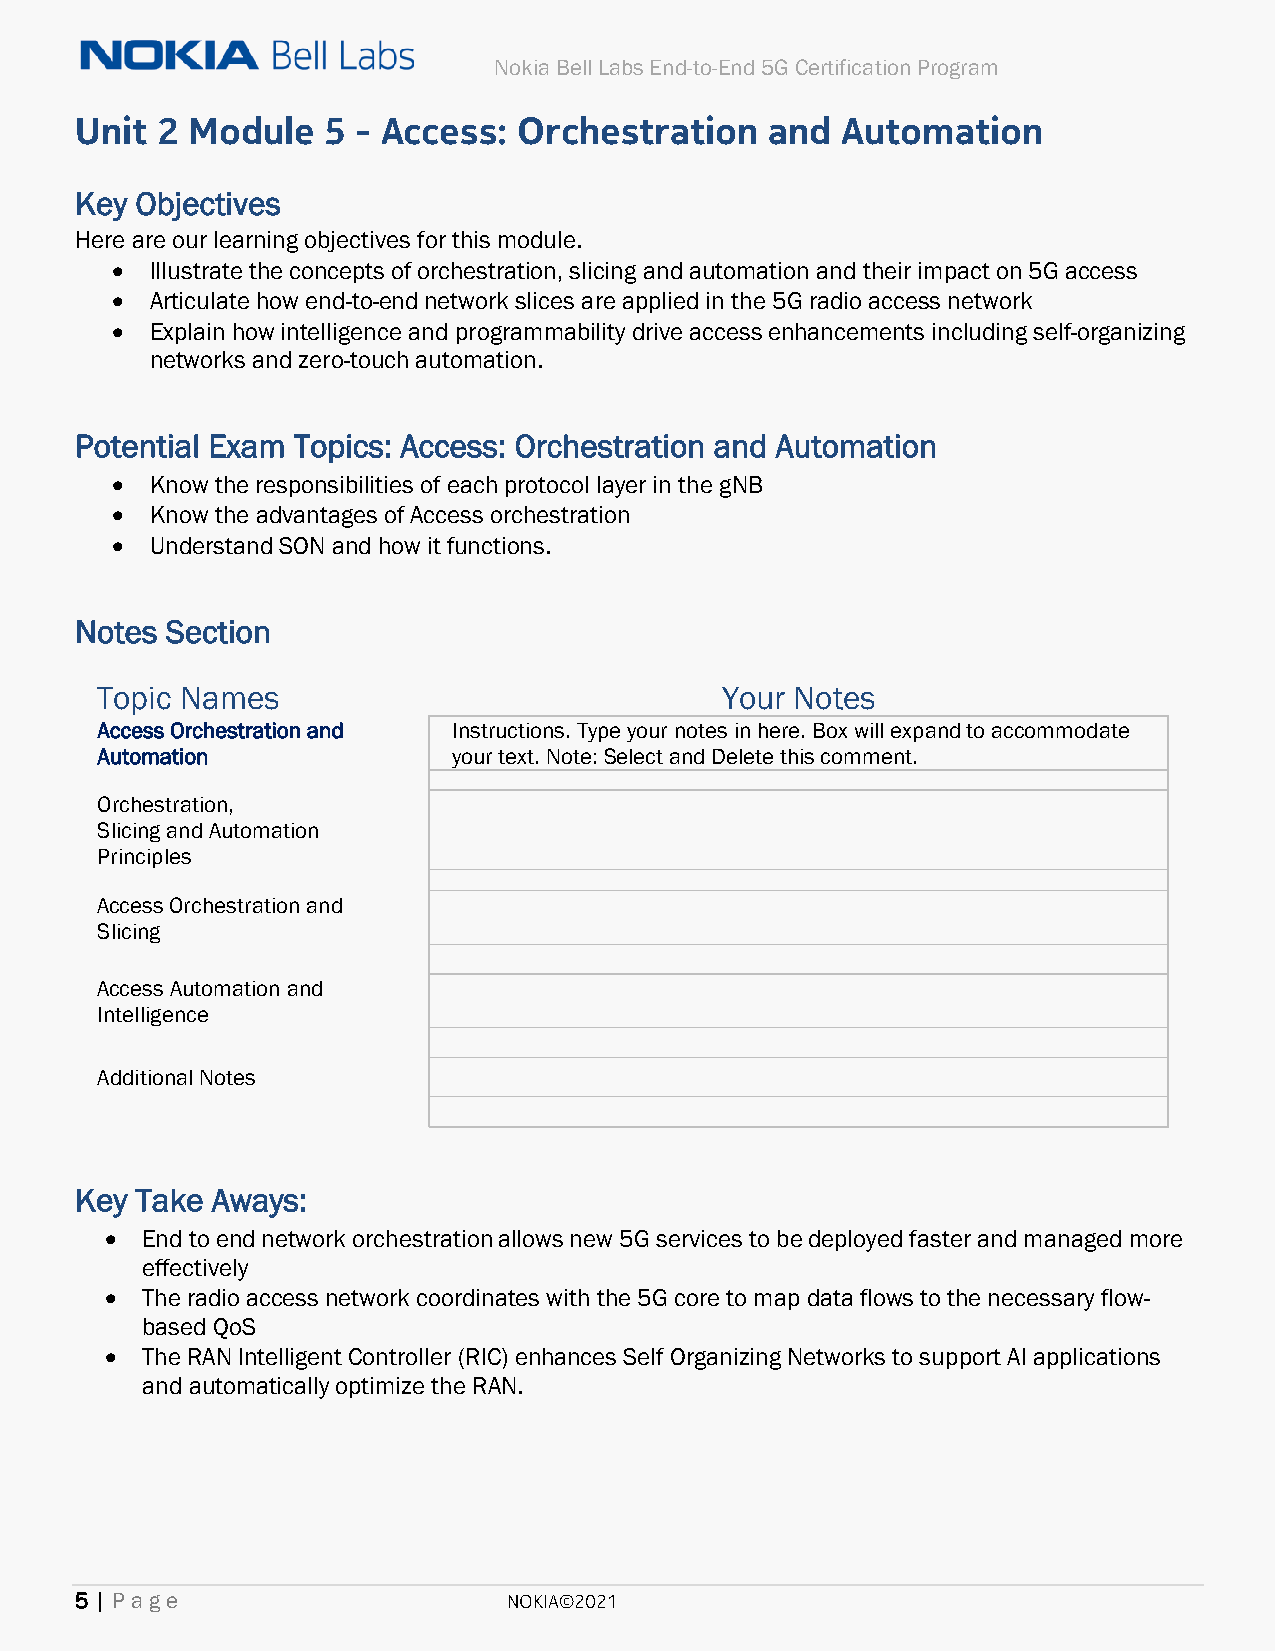
Nokia Bell Labs End-to-End 5G Certification Program
 Unit 2 Module   5  - Access: Orchestration    and  Automation
 Key Objectives
 Here are our learning objectives for this module.
 •  Illustrate the concepts of orchestration, slicing and automation and their impact on 5G access
 •  Articulate how end-to-end network slices are applied in the 5G radio access network
 •  Explain how intelligence and programmability drive access enhancements including self-organizing
 networks and zero-touch automation.
 Potential Exam Topics: Access: Orchestration and Automation
 •  Know the responsibilities of each protocol layer in the gNB
 •  Know the advantages of Access orchestration
 •  Understand SON and how it functions.
 Notes Section
 Topic Names                               Your Notes
 Access Orchestration and Instructions. Type your notes in here. Box will expand to accommodate
 Automation              your text. Note: Select and Delete this comment.
 Orchestration,
 Slicing and Automation
 Principles
 Access Orchestration and
 Slicing
 Access Automation and
 Intelligence
 Additional Notes
 Key Take Aways:
 • End to end network orchestration allows new 5G services to be deployed faster and managed more
 effectively
 • The radio access network coordinates with the 5G core to map data flows to the necessary flow-
 based QoS
 • The RAN Intelligent Controller (RIC) enhances Self Organizing Networks to support AI applications
 and automatically optimize the RAN.
 5 | Page                     NOKIA©2021